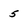
Character: 5